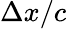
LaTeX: \Delta x/c